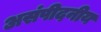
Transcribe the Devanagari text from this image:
असंपीदनीय